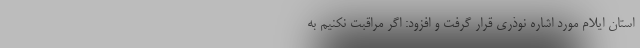
استان ایلام مورد اشاره نوذری قرار گرفت و افزود: اگر مراقبت نکنیم به